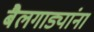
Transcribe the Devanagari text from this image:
बैलगाड्यांना